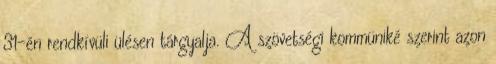
31-én rendkívüli ülésen tárgyalja. A szövetségi kommüniké szerint azon